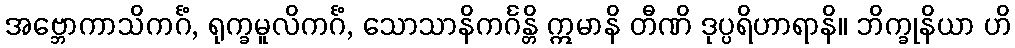
အဗ္ဘောကာသိကင်္ဂံ, ရုက္ခမူလိကင်္ဂံ, သောသာနိကင်္ဂန္တိ ဣမာနိ တီဏိ ဒုပ္ပရိဟာရာနိ။ ဘိက္ခုနိယာ ဟိ